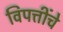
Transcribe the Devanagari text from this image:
विपत्तींचे